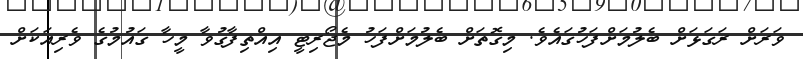
ވަރަށް ރަގަޅަށް ބެލުމަށްފަހުގައެވެ. މިގޮތަށް ބެލުމަށްފަހު މެޖޯރިޓީ އިއްތިފާގުވާ މީހާ ގައުމުގެ ވެރިއަކަށް